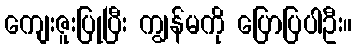
ကျေးဇူးပြုပြီး ကျွန်မကို ပြောပြပါဦး။